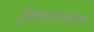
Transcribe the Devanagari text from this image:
ईश्वरतन्मयता